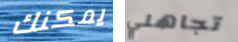
يمكنك تجاهلي